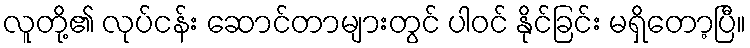
လူတို့၏ လုပ်ငန်း ဆောင်တာများတွင် ပါဝင် နိုင်ခြင်း မရှိတော့ပြီ။